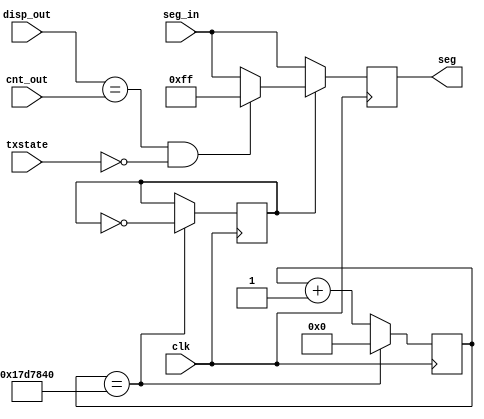
module flikerer
(
	input clk,
	input [7:0]seg_in,
	input [2:0]disp_out,
	input [2:0]cnt_out,
	input txstate,
	output reg [7:0]seg
);

reg [24:0] cnt;
reg clk1;

always@(posedge clk)	//posedge
begin
	if(cnt == 25_000_000)
	begin
		cnt <= 0;
		clk1 <= ~clk1;
	end
	else
		cnt <= cnt +1;
end

always@(posedge clk)
begin
	if(clk1)
	begin
		if((disp_out==cnt_out)&&~txstate)
			seg <= 8'hff;
		else
			seg <= seg_in;
	end
	else
		seg <= seg_in;
end
endmodule